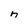
Character: n